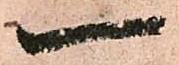
一